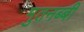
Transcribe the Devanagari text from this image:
मुतनब्बी